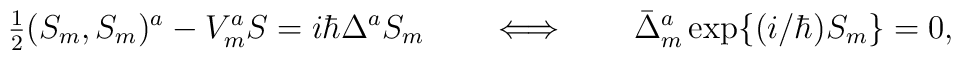
\hbox{$\frac{1}{2}$} (S_m,S_m)^a - V_m^a S = i \hbar \Delta^a S_m\qquad\Longleftrightarrow\qquad\bar{\Delta}_m^a \,{\rm exp}\{ (i/\hbar) S_m \} = 0,